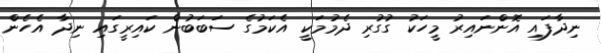
ނިދާފައި އޮންނައިރު މީހަކު ގުގުރި ދެމުމަކީ އެކަމުގެ ސަބަބުން ކައިރީގައި ނިދާ އެހެން